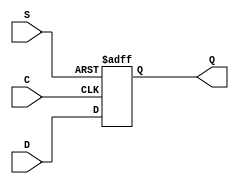
module SB_DFFS (output Q, input C, S, D);
	reg Q = 0;
	always @(posedge C, posedge S)
		if (S)
			Q <= 1;
		else
			Q <= D;
endmodule